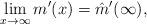
LaTeX: \begin{align*}\lim_{x\to\infty}m'(x)=\hat m'(\infty),\end{align*}